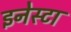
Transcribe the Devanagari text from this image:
इनेस्टा